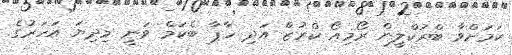
ކަމަށްވާ ބްރުކްލީން ރޯމިއޯ ކްރުޒް އަދި ހާޕާ ބެކަމް ވަނީ މިދިޔަ އަހަރުގެ